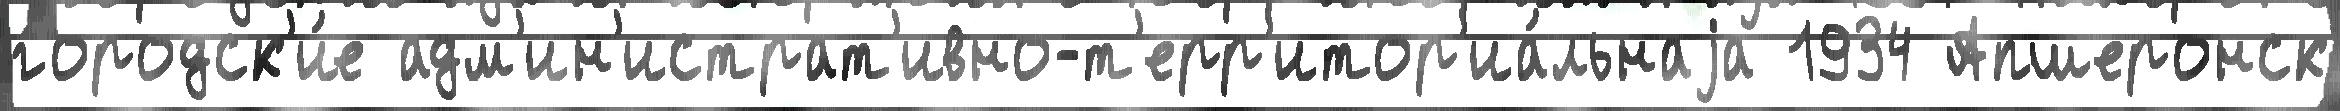
городск'и́е адм'ин'истрат'ивно-т'ерр'итор'иа́льнаjа 1934 Апшеронск